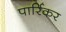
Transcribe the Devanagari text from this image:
पार्रिकर